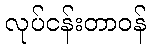
လုပ်ငန်းတာဝန်